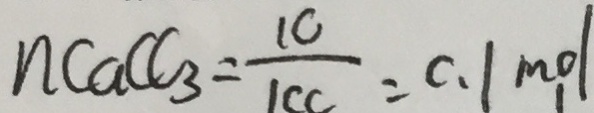
n C a C C _ { 3 } = \frac { 1 C } { 1 c c } = c . 1 m o l